Indian Civil Veterinary Department memoirs
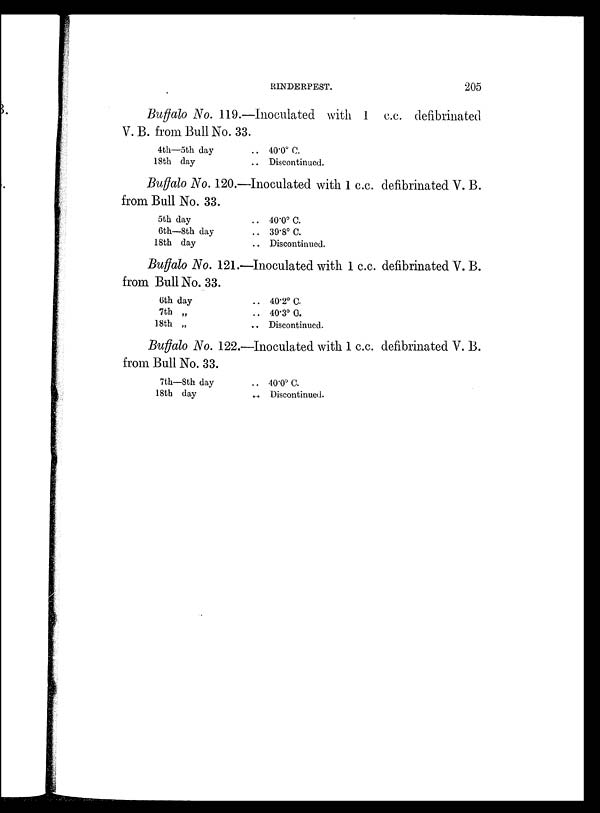
RINDERPEST.
205
Buffalo No. 119.—Inoculated with 1 c.c. defibrinated
V.B. from Bull No. 33.
4th—5th day
18th day
.. 40.0º C.
.. Discontinued.
Buffalo No. 120.—Inoculated with 1 c.c. defibrinated V. B.
from Bull No. 33.
5th day
6th—8th day
18th day
.. 40.0º C.
.. 39.8º C.
.. Discontinued.
Buffalo No. 121.—Inoculated with 1 c.c. defibrinated V. B.
from Bull No. 33.
5th day
7th „
18th „
.. 40.2º C.
.. 40.3º C.
.. Discontinued.
Buffalo No. 122.—Inoculated with 1 c.c. defibrinated V. B.
from Bull No. 33.
7th—8th day
18th day
.. 40.0º C.
.. Discontinued.